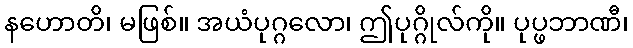
နဟောတိ၊ မဖြစ်။ အယံပုဂ္ဂလော၊ ဤပုဂ္ဂိုလ်ကို။ ပုပ္ဖဘာဏီ၊